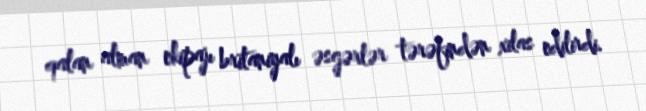
qalan alman ekipajı britaniyalı əsgərlər tərəfindən xilas edilirdi.